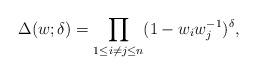
LaTeX: \begin{align*}\Delta(w;\delta) = \prod_{1\leq i\neq j \leq n}(1 - w_i w_j^{-1})^{\delta},\end{align*}